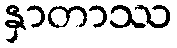
နှာတာဿ